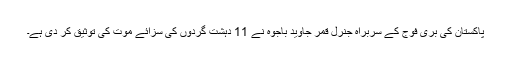
پاکستان کی بری فوج کے سربراہ جنرل قمر جاوید باجوہ نے 11 دہشت گردوں کی سزائے موت کی توثیق کر دی ہے۔